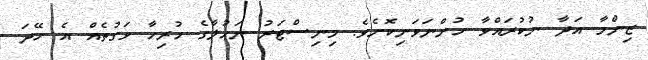
ޒިންމާ އަދާ ނުކުރައްވާ ހުންނަވަނިކޮށެވެ. މިނިސްޓަރު ނަހުލާގެ ހުރިހާ ވަގުތެއް އެ ހޭދަ